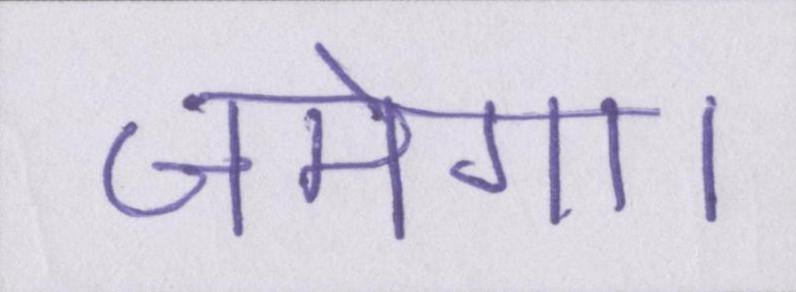
जमेगा।